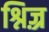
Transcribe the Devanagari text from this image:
श्निज़्र